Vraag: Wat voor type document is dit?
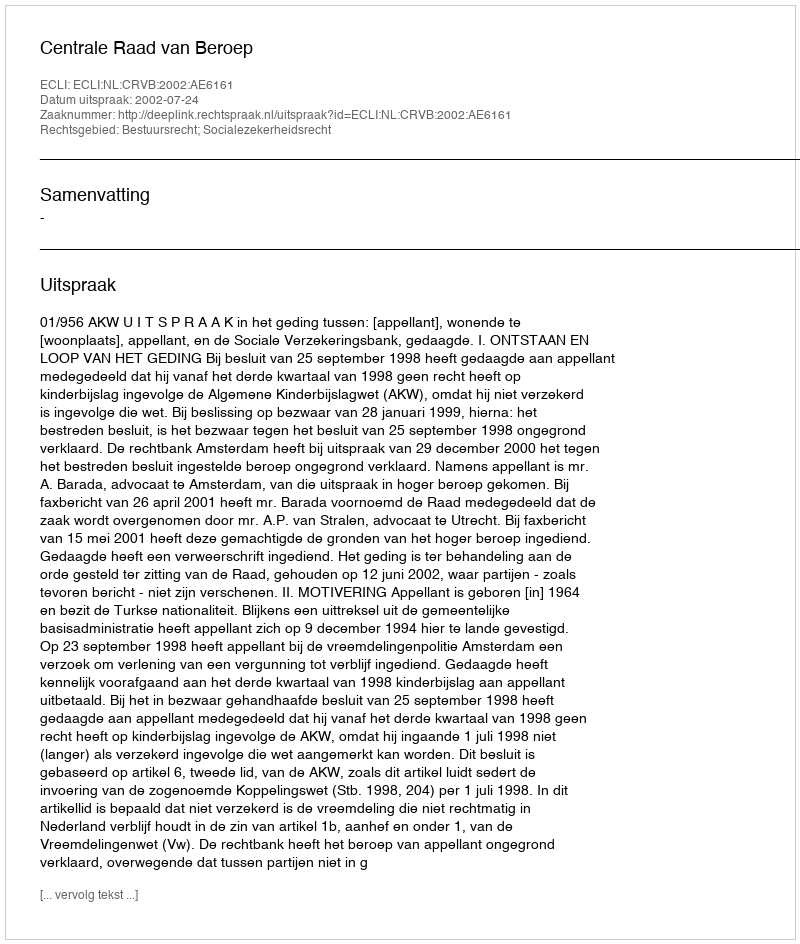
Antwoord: Uitspraak